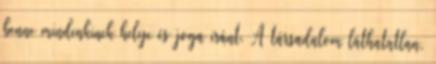
benne mindenkinek helye és joga iránt. A társadalom láthatatlan,